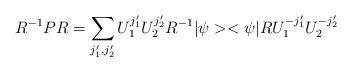
LaTeX: \begin{align*}R^{-1}PR=\sum_{j'_1,j'_2}U_1^{j'_1}U_2^{j'_2}R^{-1}|\psi><\psi|R U_1^{-j'_1}U_2^{-j'_2}\end{align*}